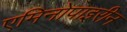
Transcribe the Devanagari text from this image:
एमिनोपाइरीन